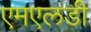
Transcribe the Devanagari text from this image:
एमएलडी